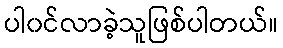
ပါ၀င်လာခဲ့သူဖြစ်ပါတယ်။